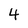
Character: 4